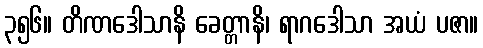
၃၅၆။ တိဏဒေါသာနိ ခေတ္တာနိ၊ ရာဂဒေါသာ အယံ ပဇာ။